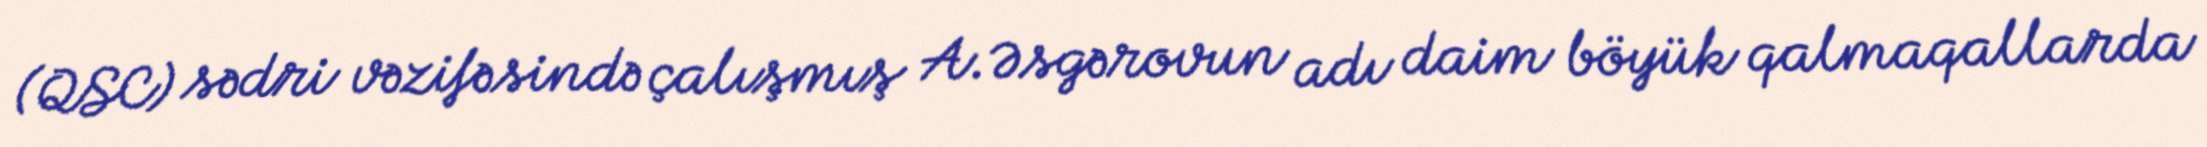
(QSC) sədri vəzifəsində çalışmış A.Əsgərovun adı daim böyük qalmaqallarda